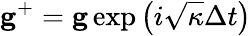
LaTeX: \mathbf{g}^{+}=\mathbf{g}\exp\left(i\sqrt{\kappa}\Delta t\right)